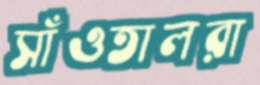
সাঁওতালরা